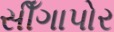
સીઁગાપોર